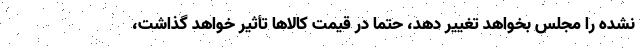
نشده را مجلس بخواهد تغییر دهد، حتماً در قیمت کالاها تأثیر خواهد گذاشت،